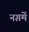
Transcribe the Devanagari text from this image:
नग़में